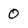
Character: 0